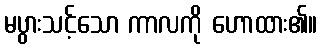
မပွားသင့်သော ကာလကို ဟောထား၏။